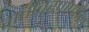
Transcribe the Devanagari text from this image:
वातावरणातील